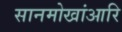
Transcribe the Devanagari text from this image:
सानमोखांआरि